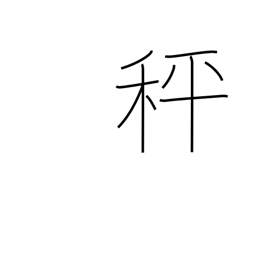
Meaning: balances